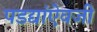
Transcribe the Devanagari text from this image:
पडद्यांऐवजी